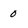
Character: 0